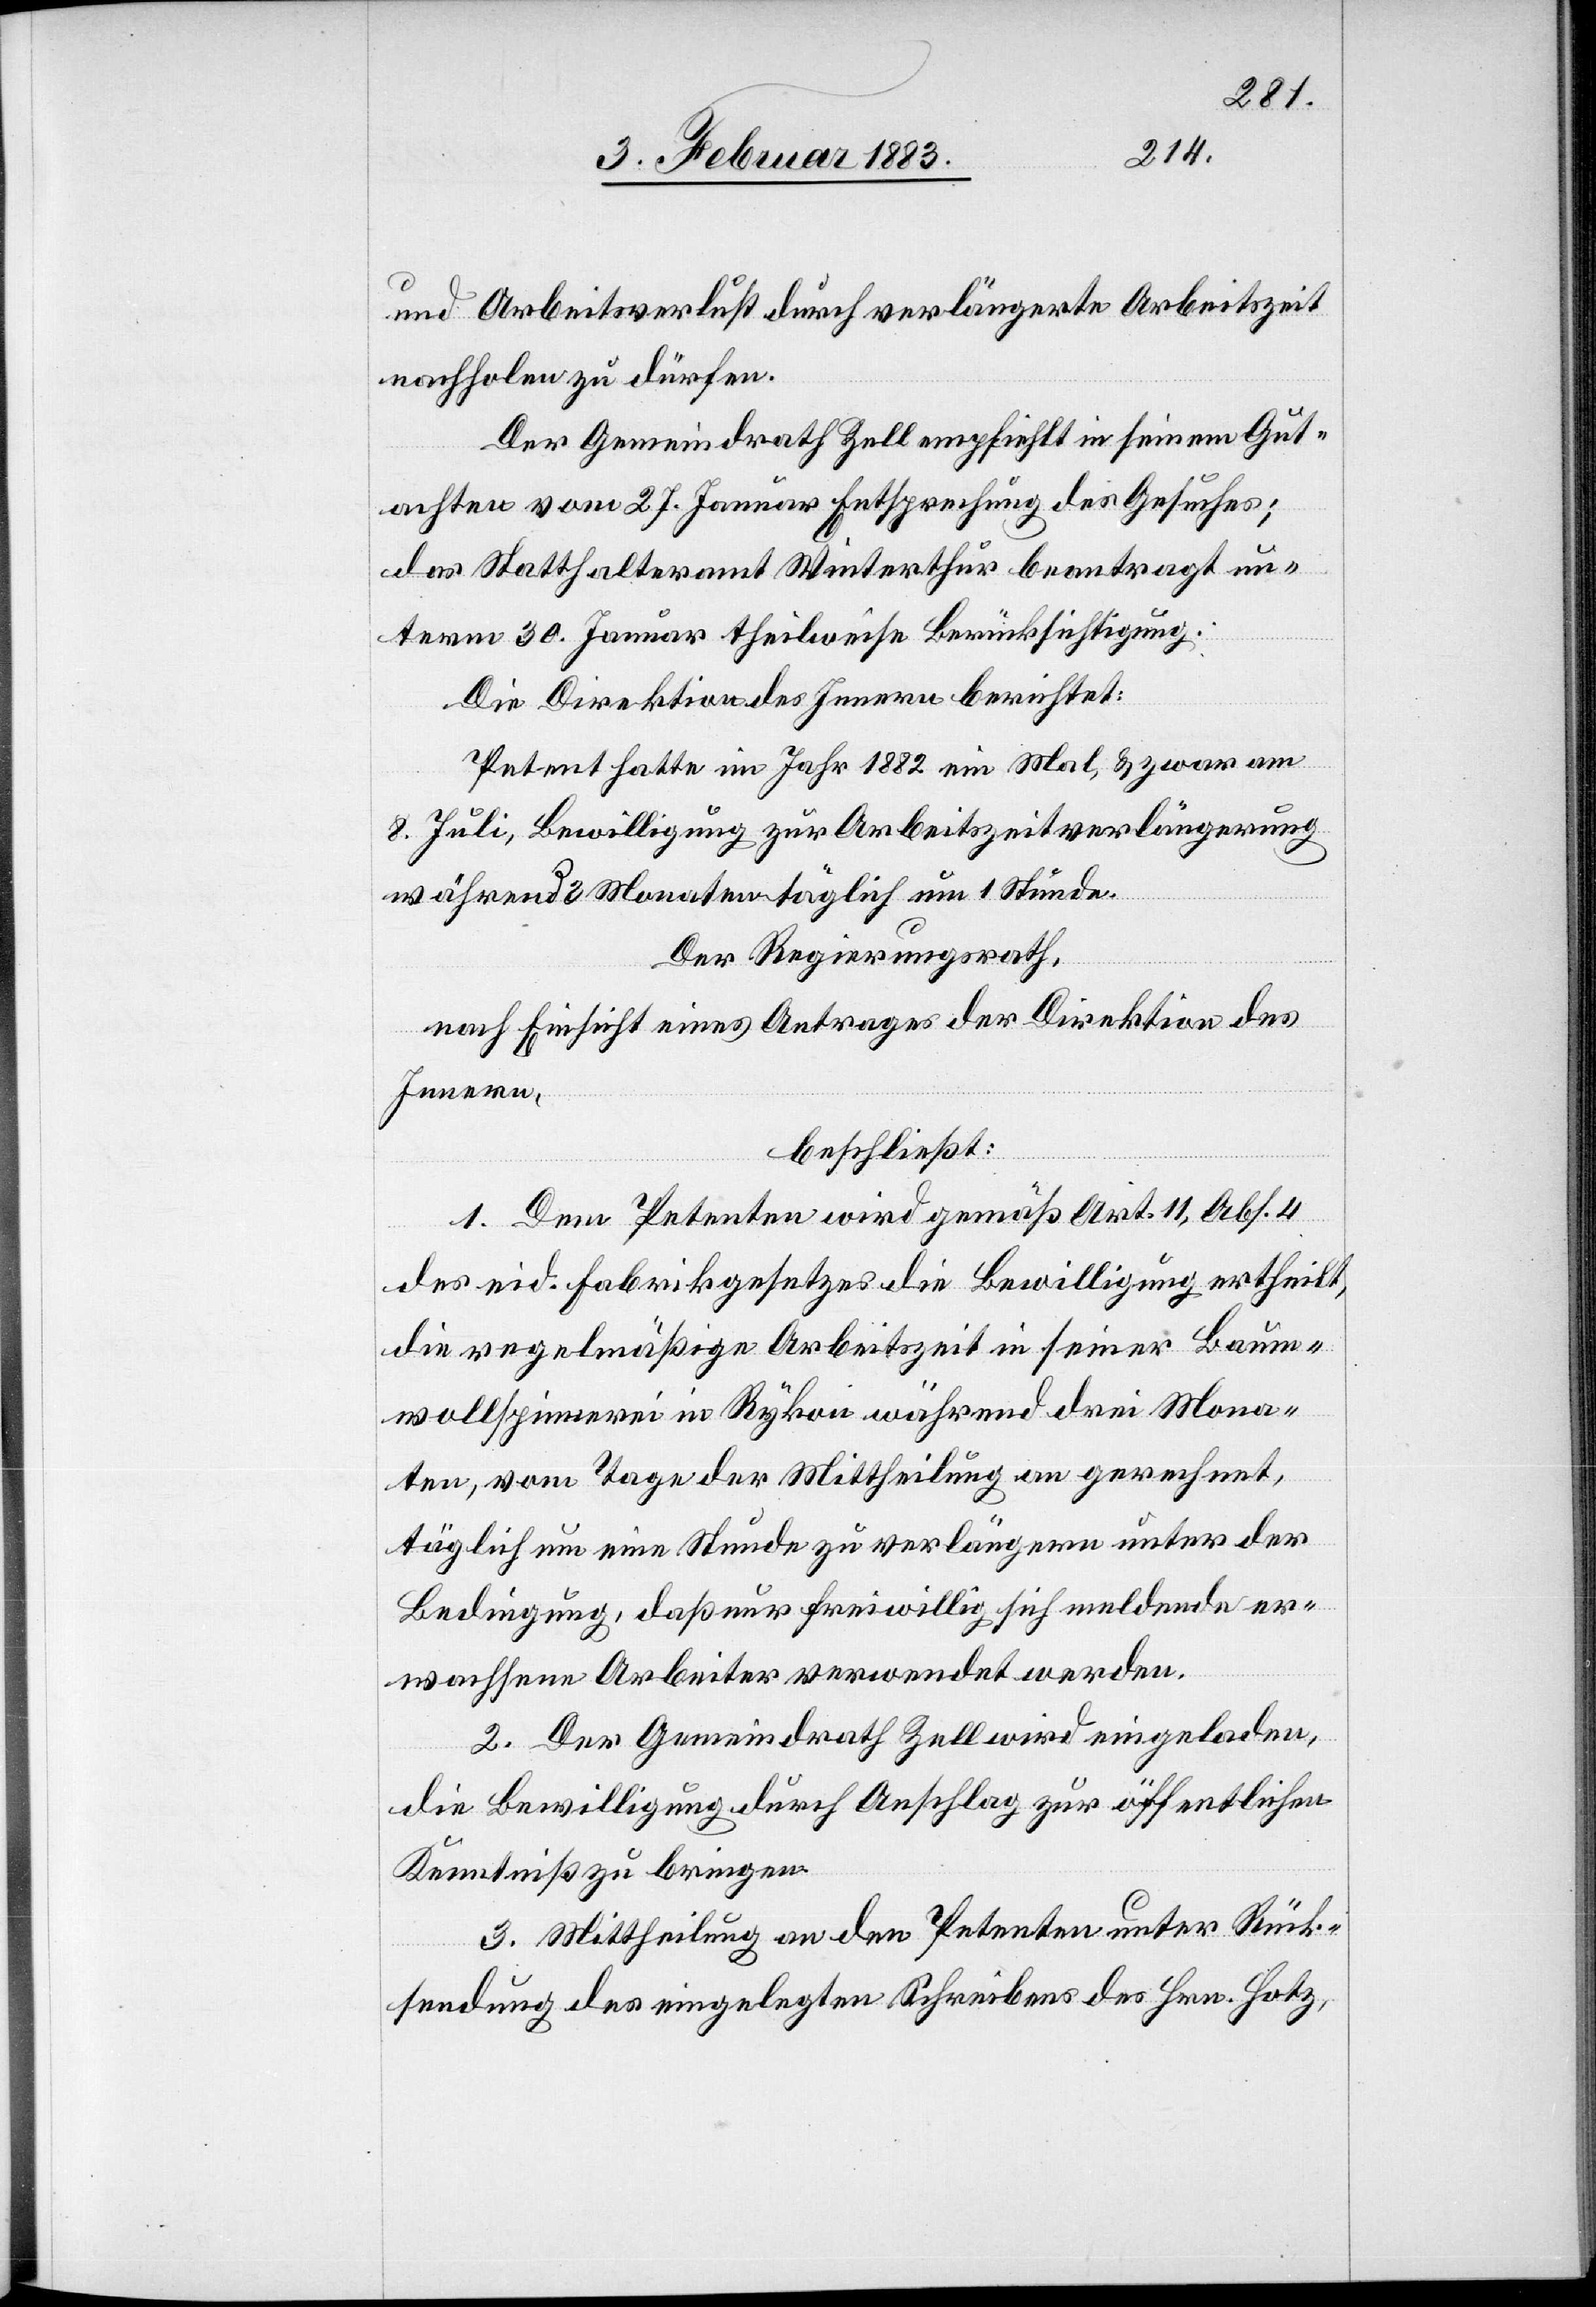
und Arbeitsverlust durch verlängerte Arbeitszeit
nachholen zu dürfen.
Der Gemeindrath Zell empfiehlt in seinem Gut¬
achten vom 27. Januar Entsprechung des Gesuches;
das Statthalteramt Winterthur beantragt un¬
term 30. Januar theilweise Berücksichtigung.
Die Direktion des Innern berichtet:
Petent hatte im Jahr 1882 ein Mal, & zwar am
8. Juli, Bewilligung zur Arbeitszeitverlängerung
während 2 Monaten täglich um 1 Stunde.
Der Regierungsrath,
nach Einsicht eines Antrages der Direktion des
Innern,
beschließt:
1. Dem Petenten wird gemäß Art. 11, Abs. 4
des eid. Fabrikgesetzes die Bewilligung ertheilt,
die regelmäßige Arbeitszeit in seiner Baum¬
wollspinnerei in Rykon während drei Mona¬
ten, vom Tage der Mittheilung an gerechnet,
täglich um eine Stunde zu verlängern unter der
Bedingung, daß nur freiwillig sich meldende er¬
wachsene Arbeiter verwendet werden.
2. Der Gemeindrath Zell wird eingeladen,
die Bewilligung durch Anschlag zur öffentlichen
Kenntniß zu bringen.
3. Mittheilung an den Petenten unter Rück¬
sendung des eingelegten Schreibens des Hrn. Hotz,